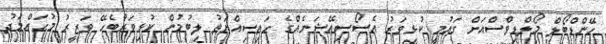
ހޭންޑްބޯލް މޯލްޑިވްސްއަށް ގައުމީ ކުޅިވަރު އެސޯސިއޭޝަނެއްގެ ހައިސިއްޔަތު ލިބުމުން ކުޅިވަރާބެހޭ ވަޒީރު މުޙައްމަދު